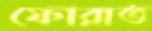
ফোরাত